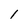
Character: 1